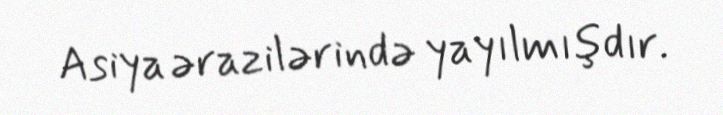
Asiya ərazilərində yayılmışdır.